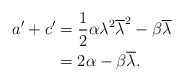
\begin{align*} a'+c' &= \frac{1}{2}\alpha \lambda^2 \overline{\lambda}^2 - \beta\overline{\lambda} \\ &= 2\alpha - \beta\overline{\lambda}. \end{align*}